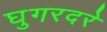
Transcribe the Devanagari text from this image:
घुगरदरे